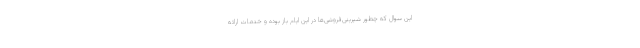
این سوال که چطور شیرینی‌فروشی‌ها در این ایام باز بوده و خدمات ارائه